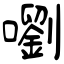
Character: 嚠